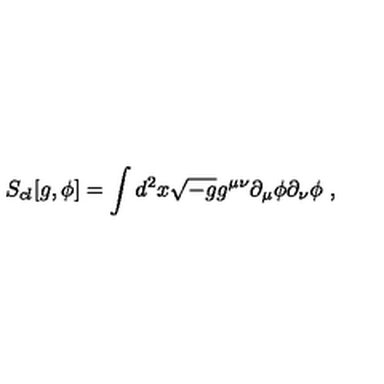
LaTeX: S _ { c l } [ g , \phi ] = \int d ^ { 2 } x \sqrt { - g } g ^ { \mu \nu } \partial _ { \mu } \phi \partial _ { \nu } \phi \ ,